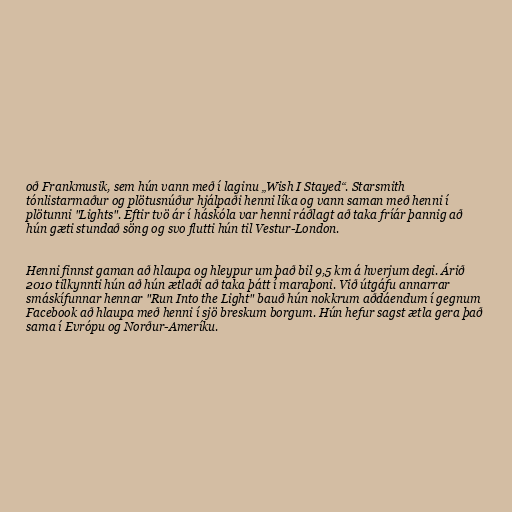
oð Frankmusik, sem hún vann með í laginu „Wish I Stayed“. Starsmith
tónlistarmaður og plötusnúður hjálpaði henni líka og vann saman með henni í
plötunni "Lights". Eftir tvö ár í háskóla var henni ráðlagt að taka fríár þannig að
hún gæti stundað söng og svo flutti hún til Vestur-London.

Henni finnst gaman að hlaupa og hleypur um það bil 9,5 km á hverjum degi. Árið
2010 tilkynnti hún að hún ætlaði að taka þátt í maraþoni. Við útgáfu annarrar
smáskífunnar hennar "Run Into the Light" bauð hún nokkrum aðdáendum í gegnum
Facebook að hlaupa með henni í sjö breskum borgum. Hún hefur sagst ætla gera það
sama í Evrópu og Norður-Ameríku.